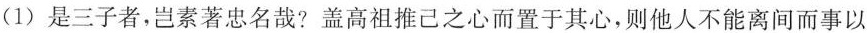
(1)是三子者，岂素著忠名哉?盖高祖推己之心而置于其心，则他人不能离间而事以